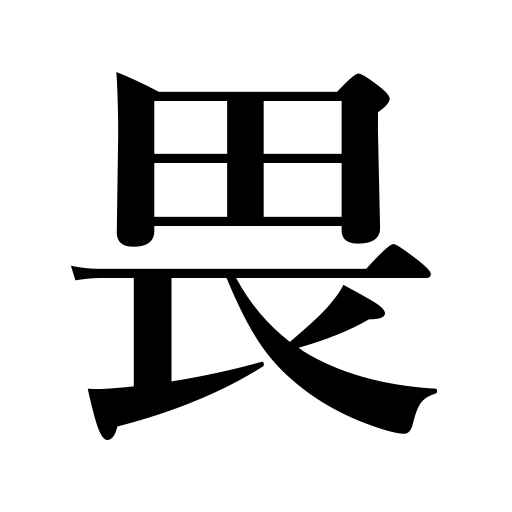
Meanings: fear,be apprehensive,be overawed